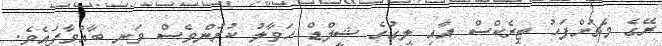
ރޭގެ މެޗަށްފަހު ޓީރެކްސް އާއި ލީގުގެ ޝީލްޑް ހަވާލު ކުރުންވެސް ވަނީ ބާއްވާފައެވެ.